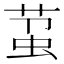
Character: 𬝋